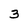
Character: 3